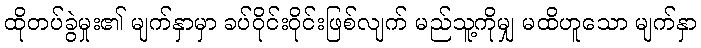
ထိုတပ်ခွဲမှုး၏ မျက်နှာမှာ ခပ်ဝိုင်းဝိုင်းဖြစ်လျက် မည်သူ့ကိုမျှ မထိဟူသော မျက်နှာ